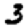
Digit: 3